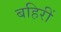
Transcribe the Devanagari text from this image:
बहिरीं